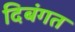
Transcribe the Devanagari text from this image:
दिबंगत